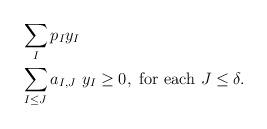
LaTeX: \begin{align*}\begin{aligned}& \sum_{I} p_I y_I \\ & \sum_{I \leq J} a_{I,J}\ y_I \geq 0,\ \mbox{for each}\ J \leq \delta. \\\end{aligned}\end{align*}